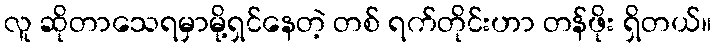
လူ ဆိုတာသေရမှာမို့ရှင်နေတဲ့ တစ် ရက်တိုင်းဟာ တန်ဖိုး ရှိတယ်။